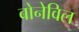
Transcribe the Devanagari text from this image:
बोनेविल